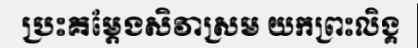
ប្រះគម្តែងសិវាស្រម យកព្រះលិង្គ